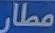
مطار